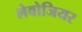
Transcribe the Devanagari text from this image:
लेवोजियर